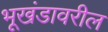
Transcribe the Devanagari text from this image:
भूखंडावरील